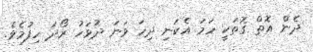
ދެން އޮތް ގޮތަކީ ހަމަ އެކަނި ދިހަ ވަނަ ދުވަހު ރޯދަ ހިފުމެވެ.